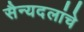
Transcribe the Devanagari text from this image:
सैन्यदलांचे